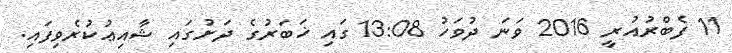
11 ފެބްރުއުރީ 2016 ވަނަ ދުވަހު 13:08 ގައި ޚަބަރުގެ ދަށުގައި ޝާއިޢުކުރެވިފައި.